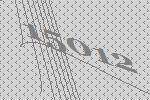
15012